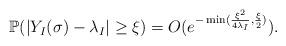
LaTeX: \begin{align*} \mathbb{P}(|Y_I(\sigma) - \lambda_I| \ge \xi) = O(e^{- \min(\frac{\xi^2}{4\lambda_I}, \frac{\xi}{2})}). \end{align*}